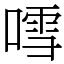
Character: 𠽌